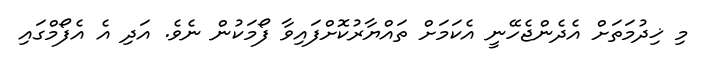
މި ޚިދުމަތަށް އެދެންޖެހޭނީ އެކަމަށް ތައްޔާރުކޮށްފައިވާ ފޯމަކުން ނެވެ. އަދި އެ އެފޯމްގައި